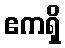
ဧကရှိ